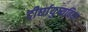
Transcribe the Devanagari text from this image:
दीर्घायुष्यविद्या